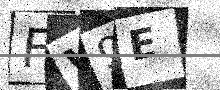
Text: FW9E